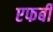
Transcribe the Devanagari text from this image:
एफबी